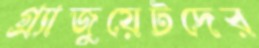
গ্র্যাজুয়েটদের